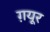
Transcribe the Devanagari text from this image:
ग़यूर